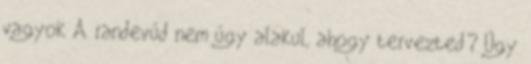
vagyok A randevúd nem úgy alakul, ahogy tervezted? Úgy